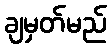
ချမှတ်မည်